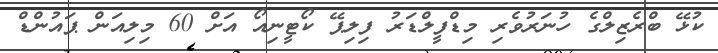
ކުޅޭ ބްރެޒިލްގެ ހުނަރުވެރި މިޑްފީލްޑަރު ފިލިޕޭ ކޯޓީނިއޯ އަށް 60 މިލިއަން ޕައުންްޑް